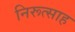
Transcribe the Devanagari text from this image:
निरूत्साह